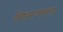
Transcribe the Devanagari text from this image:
विषमज्वराचा